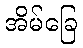
အိမ်ခြေ